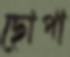
ছোপা